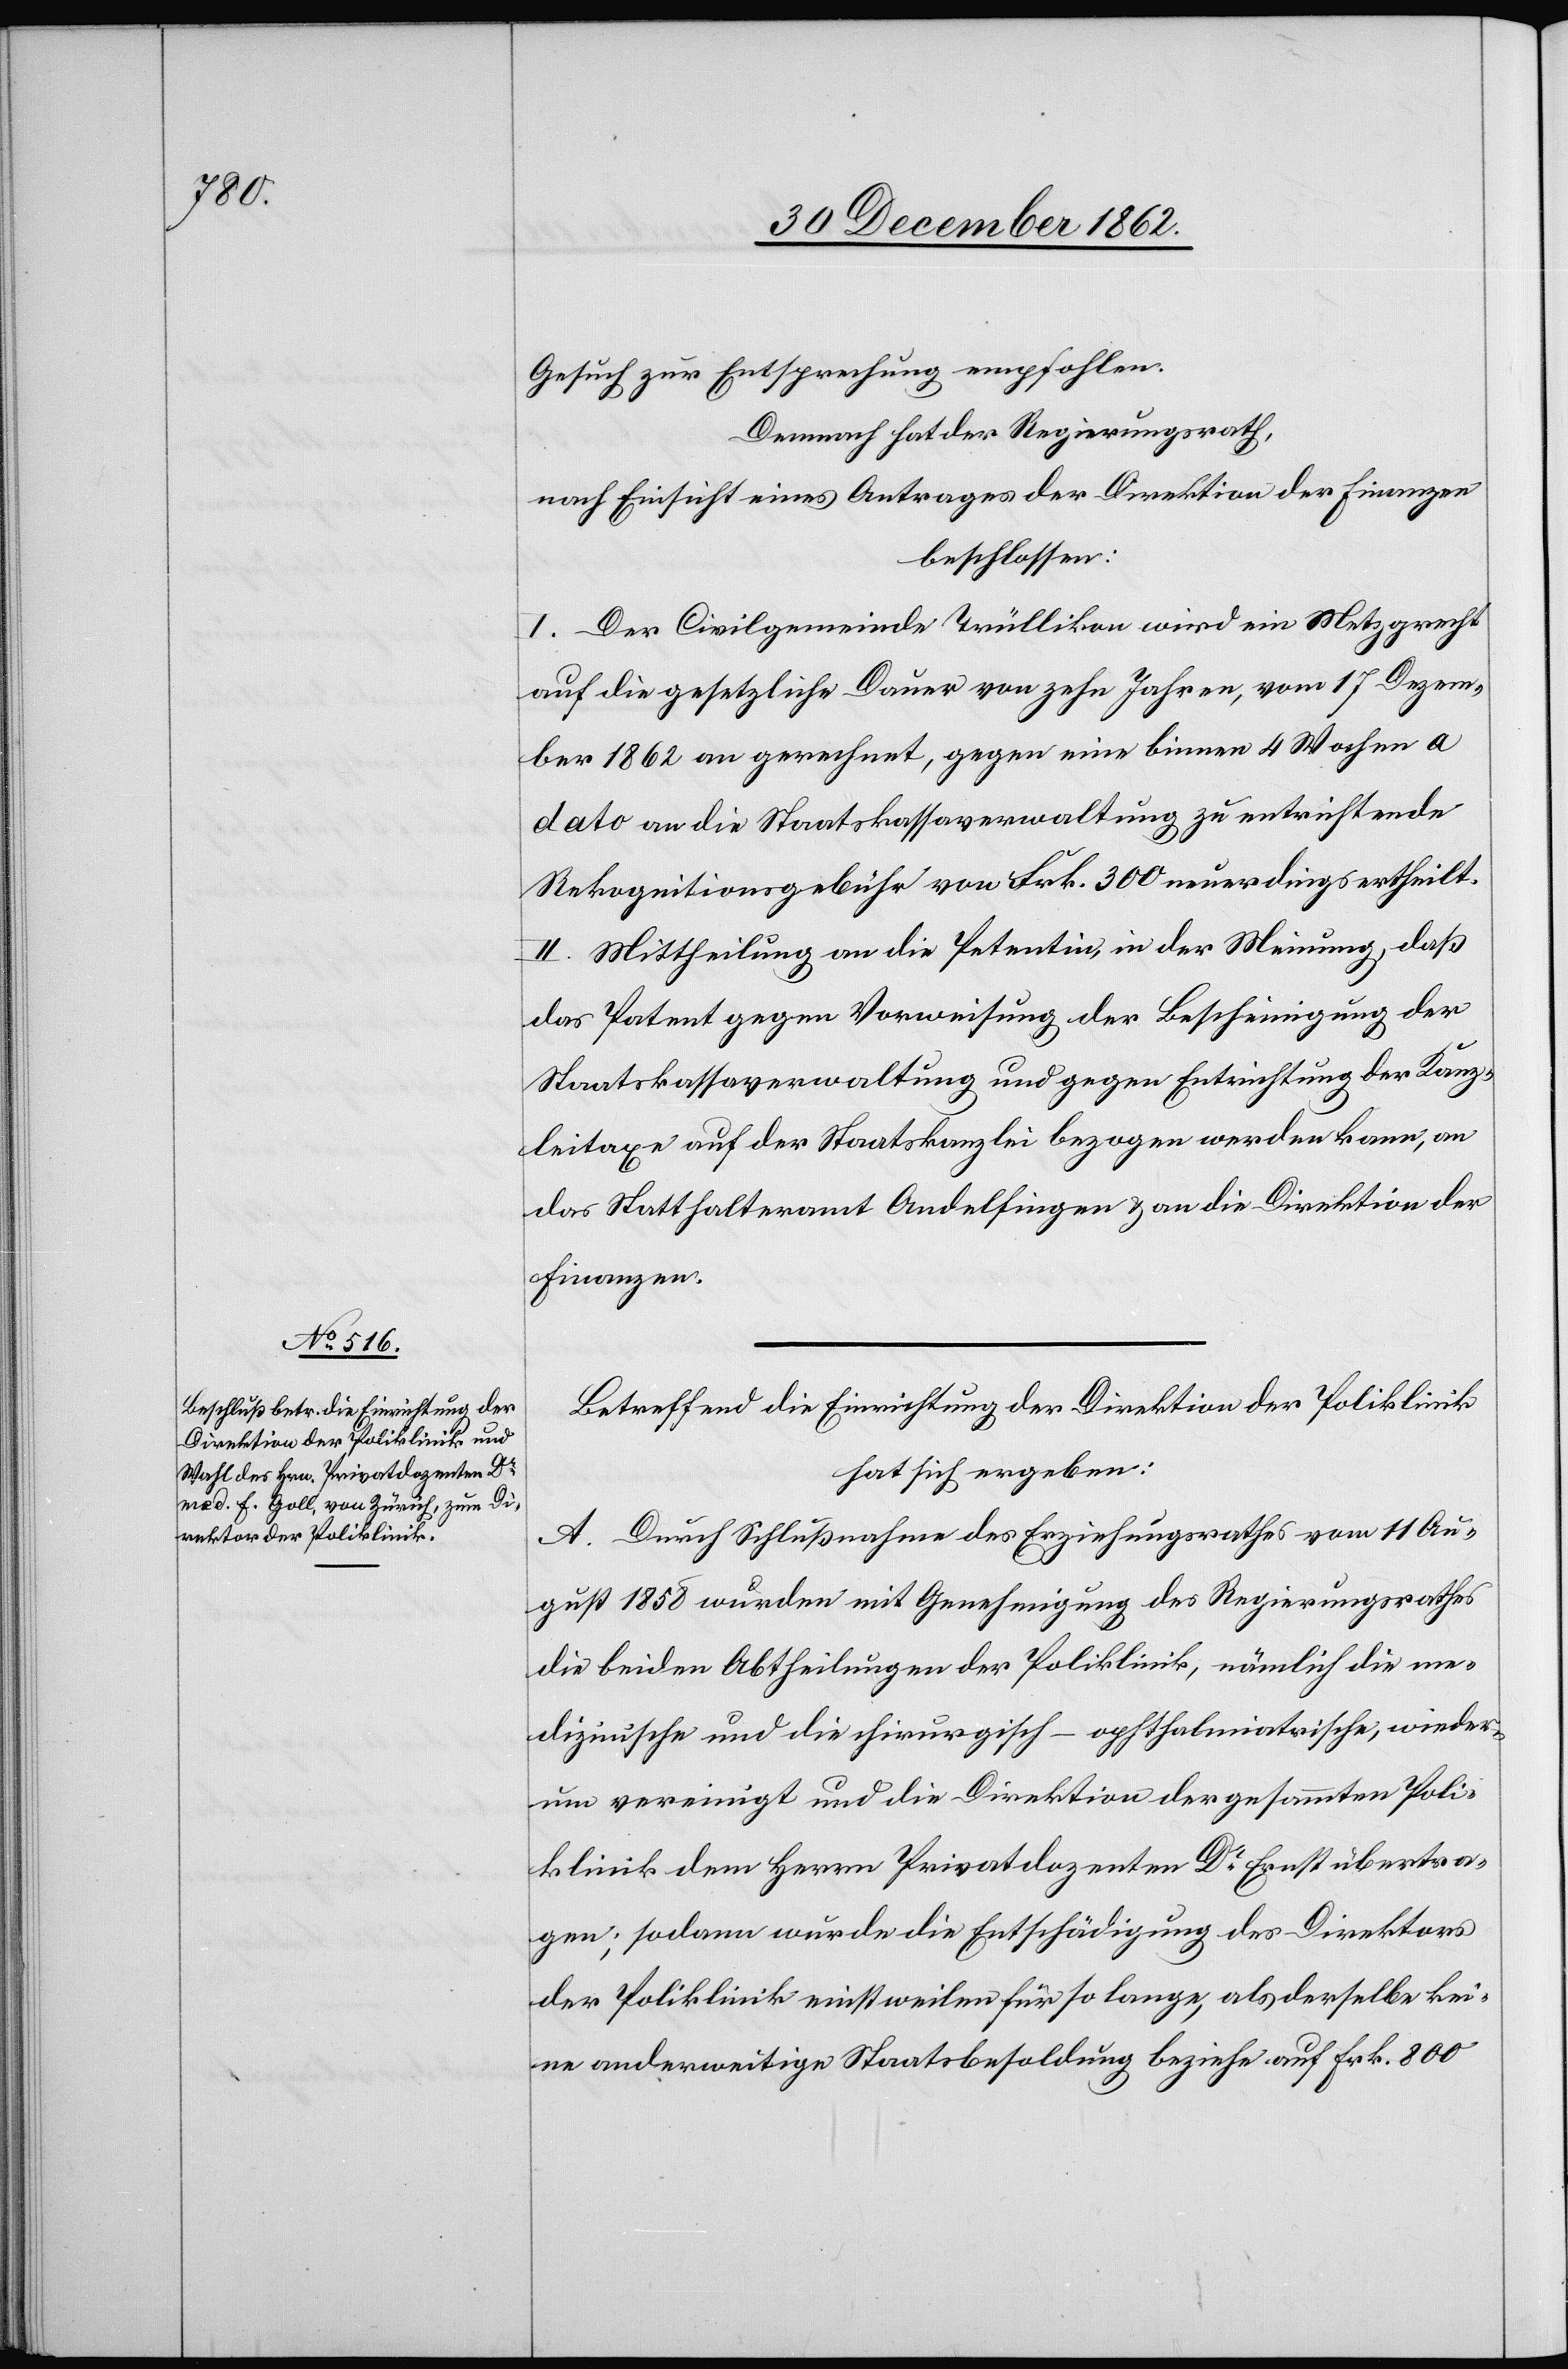
Gesuch zur Entsprechung empfohlen.
Demnach hat der Regierungsrath,
nach Einsicht eines Antrages der Direktion der Finanzen
beschlossen:
I. Der Civilgemeinde Trüllikon wird ein Metzgrecht
auf die gesetzliche Dauer von zehn Jahren, vom 17. Dezem¬
ber 1862 an gerechnet, gegen eine binnen 4 Wochen a
dato an die Staatskassaverwaltung zu entrichtende
Rekognitionsgebühr von Frk. 300 neuerdings ertheilt.
II. Mittheilung an die Petentin, in der Meinung, daß
das Patent gegen Vorweisung der Bescheinigung der
Staatskassaverwaltung und gegen Entrichtung der Kanz¬
leitaxe auf der Staatskanzlei bezogen werden kann, an
das Statthalteramt Andelfingen u. an die Direktion der
Finanzen.
Betreffend die Einrichtung der Direktion der Poliklinik
hat sich ergeben:
A. Durch Schlußnahme des Erziehungsrathes vom 11. Au¬
gust 1858 wurden mit Genehmigung des Regierungsrathes
die beiden Abtheilungen der Poliklinik, nämlich die me¬
dizinische und die chirurgisch-ophthalmiatrische, wieder¬
um vereinigt und die Direktion der gesammten Poli¬
klinik dem Herrn Privatdozenten Dr Ernst übertra¬
gen; sodann wurde die Entschädigung des Direktors
der Poliklinik einstweilen für so lange, als derselbe kei¬
ne anderweitige Staatsbesoldung beziehe auf Frk. 800